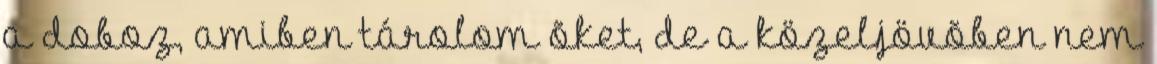
a doboz, amiben tárolom õket, de a közeljövõben nem